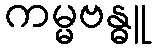
ကမ္မဗန္ဓူ